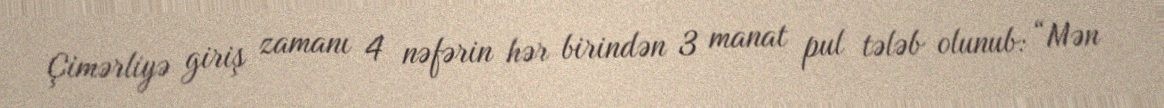
Çimərliyə giriş zamanı 4 nəfərin hər birindən 3 manat pul tələb olunub: “Mən